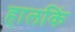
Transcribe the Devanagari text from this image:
हालकिं